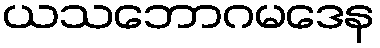
ယသဘောဂမဒေန